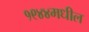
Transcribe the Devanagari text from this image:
१९४४मधील